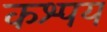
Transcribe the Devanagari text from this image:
कश्पय